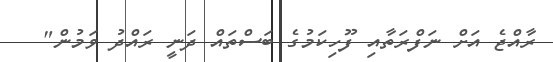
ރާއްޖެ އަށް ނަފްރަތާއި ފޫހިކަމުގެ ބަސްތައް ދަނީ ރައްދު ވަމުން"